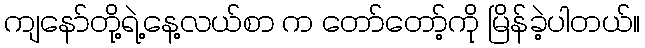
ကျနော်တို့ရဲ့နေ့လယ်စာ က တော်တော့်ကို မြိန်ခဲ့ပါတယ်။